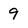
Character: 9